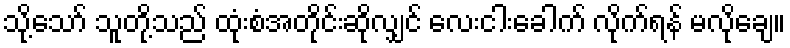
သို့သော် သူတို့သည် ထုံးစံအတိုင်းဆိုလျှင် လေးငါးခေါက် လိုက်ရန် မလိုချေ။